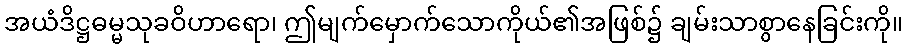
အယံဒိဋ္ဌဓမ္မသုခဝိဟာရော၊ ဤမျက်မှောက်သောကိုယ်၏အဖြစ်၌ ချမ်းသာစွာနေခြင်းကို။